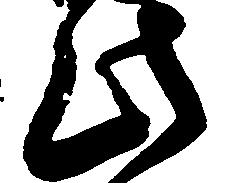
此